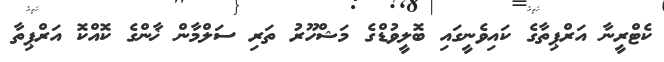
ކެޓްރީނާ އަރްޕިތާގެ ކައިވެނީގައި ބޮލީވުޑްގެ މަޝްހޫރު ތަރި ސަލްމާން ޚާންގެ ކޮއްކޮ އަރްޕިތާ